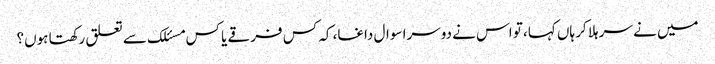
میں نے سر ہلا کر ہاں کہا، تو اس نے دوسرا سوال داغا، کہ کس فرقے یا کس مسئلک سے تعلق رکھتا ہوں؟